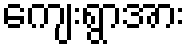
ကျေးရွာအား